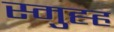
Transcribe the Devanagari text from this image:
स्मुह्ह